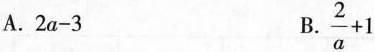
A.$$2a-3$$ B.$$\frac{2}{a}+1$$